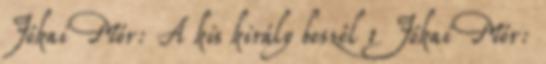
Jókai Mór: A kis király beszél 1 Jókai Mór: